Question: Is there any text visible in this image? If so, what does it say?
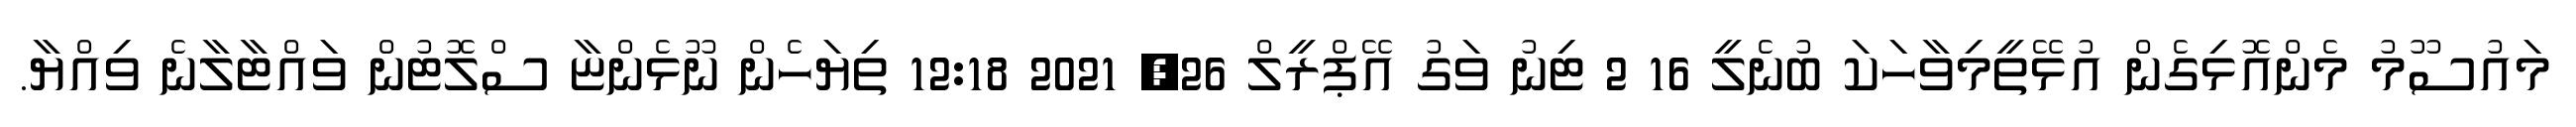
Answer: މައުސޫމު މެންއޮޅިގެން އުޅޭތީމިވާހަކަ ބުނެލީ 16 2 ޓިނު ވަގު އޭޕްރީލް 26, 2021 12:18 ތިޔަހެން ނޫޅެންޏާ ސްލޮޓުން ވައްޓާލާނެ ވިއްޔާ.